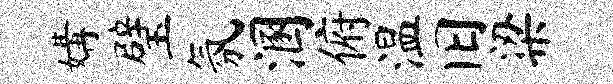
媾璧氛溷俯温旧梁